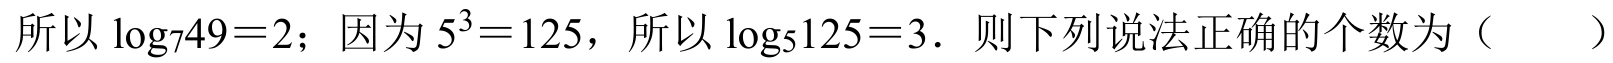
所以\(\log_{7}49 = 2\)；因为\(5^{3}=125\)，所以\(\log_{5}125 = 3\)．则下列说法正确的个数为（  ）